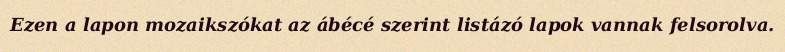
Ezen a lapon mozaikszókat az ábécé szerint listázó lapok vannak felsorolva.